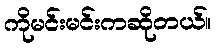
ကိုမင်းမင်းကဆိုတယ်။